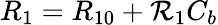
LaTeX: R_{1}=R_{10}+\mathcal{R}_{1}C_{b}